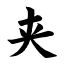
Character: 夹